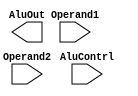
module ALU(
    input wire [31:0] Operand1,
    input wire [31:0] Operand2,
    input wire [3:0] AluContrl,
    output reg [31:0] AluOut
    );
endmodule